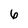
Character: 6